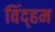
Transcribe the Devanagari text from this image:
विंद्हम